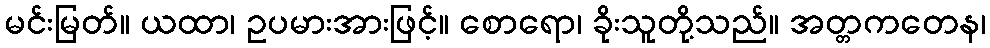
မင်းမြတ်။ ယထာ၊ ဥပမားအားဖြင့်။ စောရော၊ ခိုးသူတို့သည်။ အတ္တကတေန၊